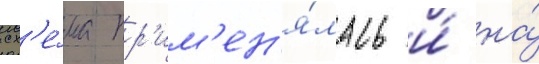
сх'е́ма пр'им'ен'я́лась и́ на́